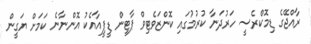
ރާއްޖޭގެ ޑިމޮކްރެސީ ހަރުދަނާ ކުރުމުގައި ކޮންޒަވެޓިވް ޕާޓީން ޑީޕީއާއެކު އޮންނާނެ ކަމަށް ޔަގީން